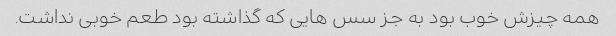
همه چیزش خوب بود به جز سس هایی که گذاشته بود طعم خوبی نداشت.